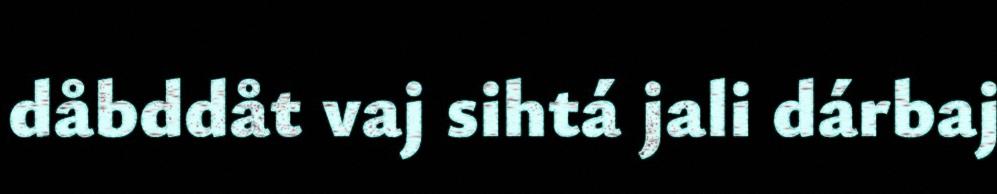
dåbddåt vaj sihtá jali dárbaj